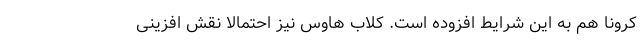
کرونا هم به این شرایط افزوده است. کلاب هاوس نیز احتمالا نقش افزینی